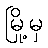
မြို့မှ